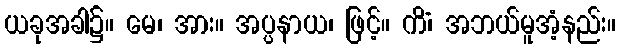
ယခုအခါ၌။ မေ၊ အား။ အပ္ပနာယ၊ ဖြင့်။ ကိံ၊ အဘယ်မူအံ့နည်း။